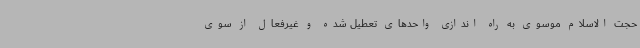
حجت الاسلام موسوی به راه اندازی واحدهای تعطیل شده و غیرفعال از سوی